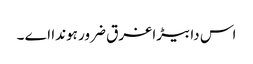
اس دا بیڑا غرق ضرور ہوندا اے ۔